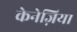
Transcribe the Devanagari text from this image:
केनेज़िया